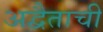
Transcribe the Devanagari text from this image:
अद्वैताची